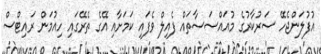
އުފުލަންޖެހޭ ސަރުކާރުގެ މުއައްސަސާތައް ފެއިލް ވެފައި ކަމަށާއި އޭގެ ތެރޭގައި ހިއުމަން ރައިޓްސް